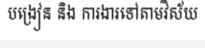
បង្រៀន និង ការងារទៅតាមវិស័យ